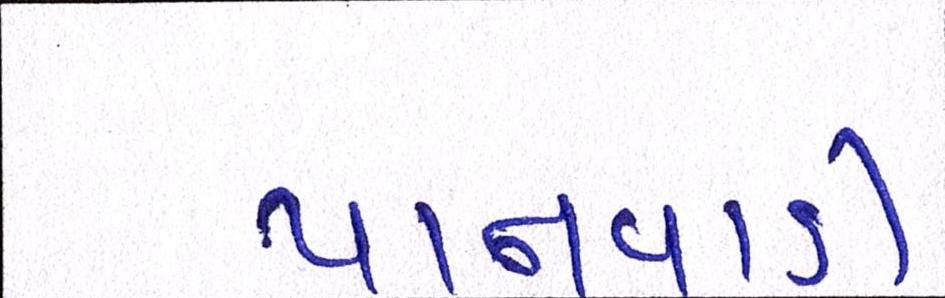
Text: પાનવાડી